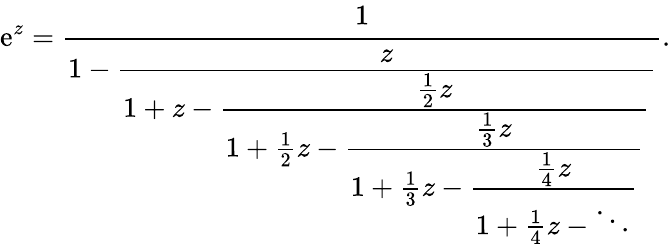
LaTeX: \mathrm{e}^{z}={\cfrac{1}{1-{\cfrac{z}{1+z-{\cfrac{{\frac{{1}}{{2}}}z}{1+{\frac{{1}}{{2}}}z-{\cfrac{{\frac{{1}}{{3}}}z}{1+{\frac{{1}}{{3}}}z-{\cfrac{{\frac{{1}}{{4}}}z}{1+{\frac{{1}}{{4}}}z-\ddots}}}}}}}}}}.